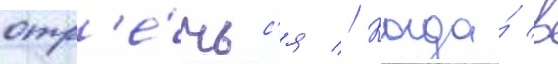
отр'е́чьс'я // Когда́ в